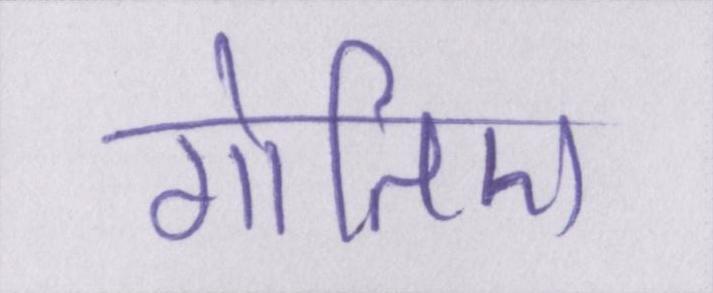
गोतिए